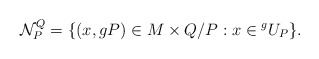
\begin{align*} \mathcal{N}_{P}^Q = \{(x, gP)\in M \times Q/P: x \in {}^gU_P\}.\end{align*}